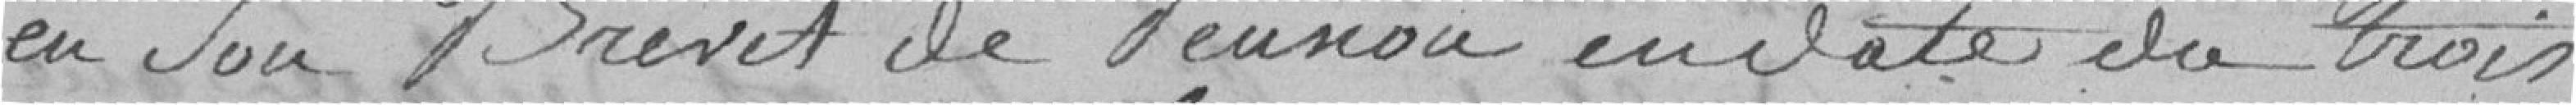
en son brevet de pension en date du trois